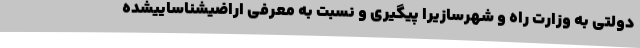
دولتی به وزارت راه و شهرسازیرا پیگیری و نسبت به معرفی اراضیشناساییشده